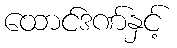
ထောင်ဒဏ်နှင့်